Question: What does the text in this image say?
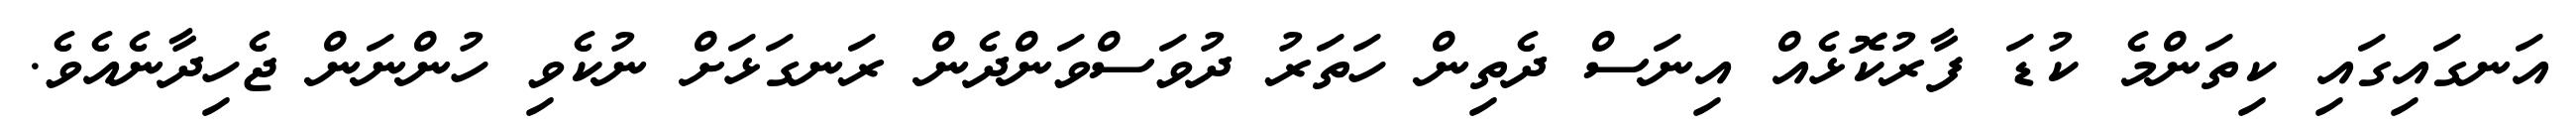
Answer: އަނގައިގައި ކިތަންމެ ކުޑަ ފާރުކޮޅެއް އިނަސް ދެތިން ހަތަރު ދުވަސްވަންދެން ރަނގަޅަށް ނުކެވި ހުންނަން ޖެހިދާނެއެވެ.